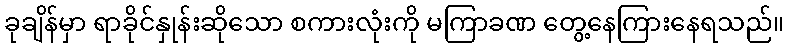
ခုချိန်မှာ ရာခိုင်နှုန်းဆိုသော စကားလုံးကို မကြာခဏ တွေ့နေကြားနေရသည်။